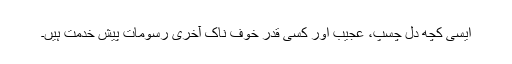
ایسی کچھ دل چسپ، عجیب اور کسی قدر خوف ناک آخری رسومات پیش خدمت ہیں۔